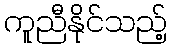
ကူညီနိုင်သည့်